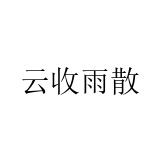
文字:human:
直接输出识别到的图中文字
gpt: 云收雨散